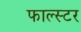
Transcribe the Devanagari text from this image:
फाल्स्टर